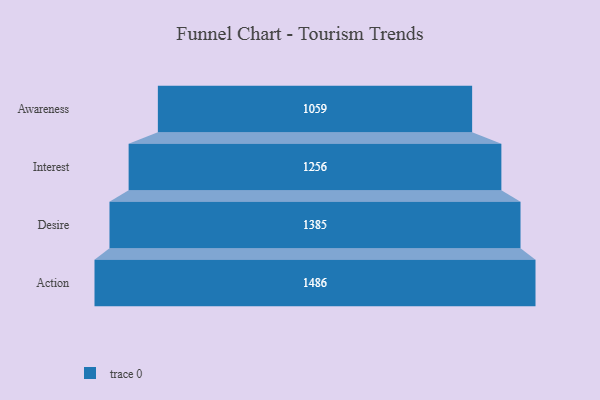
{"axis": {"x": "Stage", "y": "Value"}, "legend": [""], "data": [{"x": "Awareness", "y": 1059.0, "type": ""}, {"x": "Interest", "y": 1256.0, "type": ""}, {"x": "Desire", "y": 1385.0, "type": ""}, {"x": "Action", "y": 1486.0, "type": ""}]}